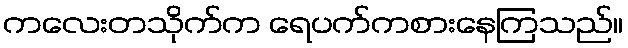
ကလေးတသိုက်က ရေပက်ကစားနေကြသည်။